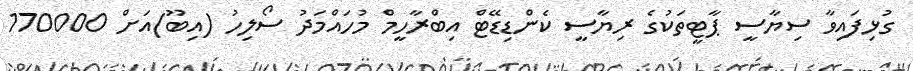
ގުޅިފައިވާ ސިޔާސީ ޕާޓީތަކުގެ ރިޔާސީ ކެންޑިޑޭޓް އިބްރާހީމް މުހައްމަދު ސޯލިހު (އިބޫ)އަށް 170000